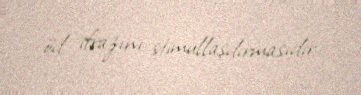
öd ifrazını stimullaşdırmasıdır.